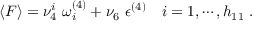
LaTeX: \langle F \rangle = \nu _ { 4 } ^ { i } \ \omega _ { i } ^ { ( 4 ) } + \nu _ { 6 } \ { \epsilon } ^ { ( 4 ) } \quad i = 1 , \cdots , h _ { 1 1 } \ .